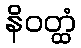
နိဝတ္ထံ